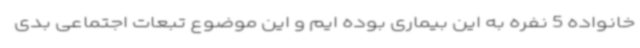
خانواده 5 نفره به این بیماری بوده ایم و این موضوع تبعات اجتماعی بدی